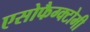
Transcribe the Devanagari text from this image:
एसोफैग्क्टोमी